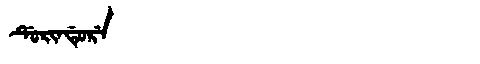
Manchu: ᡩᡠᡵᡳᠨᡩᡠᡵᡝ
Romanization: DURINDURE